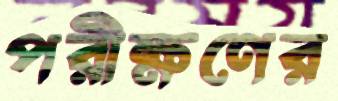
পরীক্ষণের